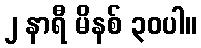
၂ နာရီ မိနစ် ၃၀ပါ။